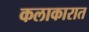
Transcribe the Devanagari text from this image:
कलाकारात